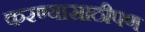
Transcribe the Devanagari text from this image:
करण्यासाठीपण